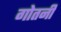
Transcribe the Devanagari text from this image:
गोतनी